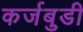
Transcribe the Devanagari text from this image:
कर्जबुडी